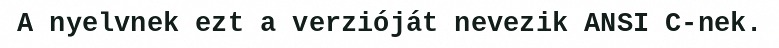
A nyelvnek ezt a verzióját nevezik ANSI C-nek.